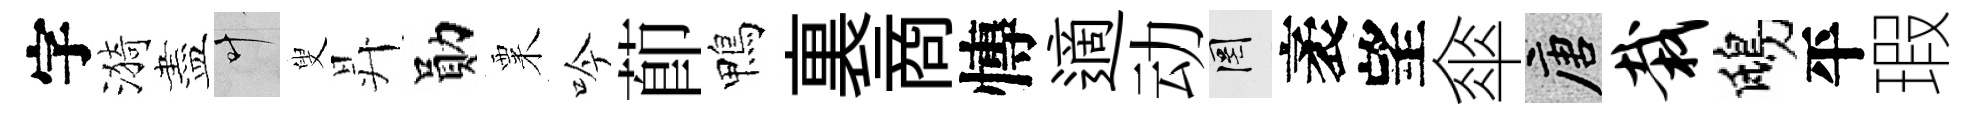
字漪盡叶叟昇勛粟吟莭鴨裏商慱適动罔袤望傘唐栽鴟平瑕